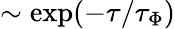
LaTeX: \sim\exp(-\tau/\tau_{\Phi})